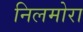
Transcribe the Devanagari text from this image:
निलमोरा